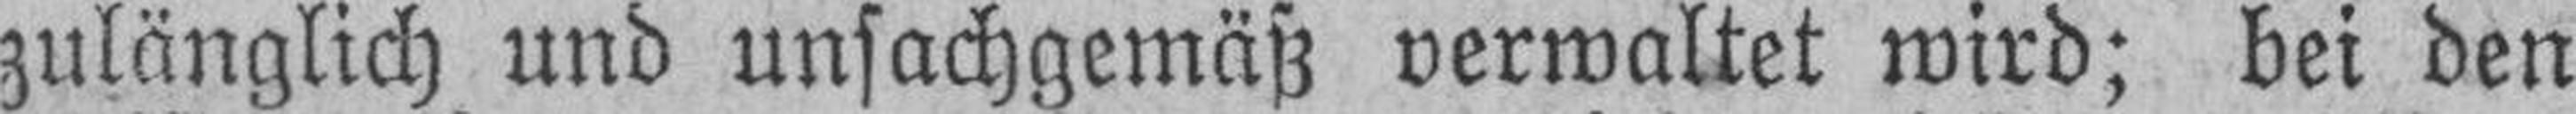
zulänglich und unsachgemäß verwaltet wird; bei den